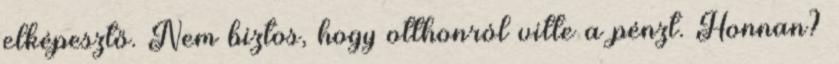
elképesztő. Nem biztos, hogy otthonról vitte a pénzt. Honnan?